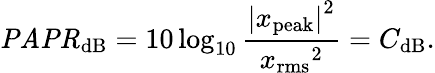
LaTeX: {\mathit{PAPR}}_{\mathrm{dB}}=10\log_{10}{\frac{{|x_{\mathrm{peak}}|}^{2}}{{x_{\mathrm{rms}}}^{2}}}=C_{\mathrm{dB}}.